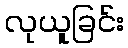
လုယူခြင်း